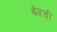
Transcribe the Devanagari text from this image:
बेंगची